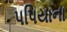
પપિયાના